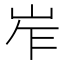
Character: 岝